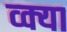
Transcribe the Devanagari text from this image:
व्क्या